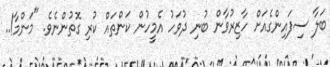
ބަލާ ސިފައިންގެއަށް ހާޒިރުވާން ބުނި ދުވަހު އެމީހުން ކަންތައް ކުރި ގޮތުންނެވެ. "މަންމާ!..